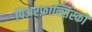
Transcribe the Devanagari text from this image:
पिअरफ्रान्सिस्को